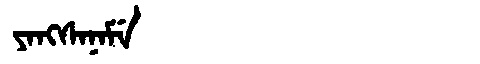
Manchu: ᠶᠠᠩᠰᠠᠨᠠᠮᡝ
Romanization: YANGSANAME